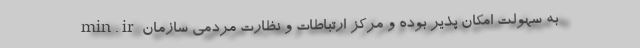
min.ir به سهولت امکان پذیر بوده و مرکز ارتباطات و نظارت مردمی سازمان